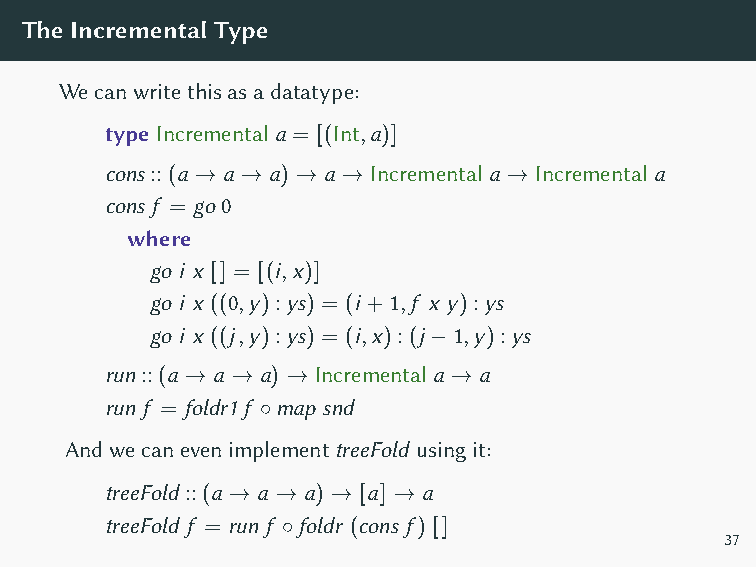
TheIncrementalType
 Wecanwritethisasadatatype:
 type Incremental a = [(Int,a)]
 cons::(a → a → a) → a → Incremental a → Incremental a
 cons f = go 0
 where
 go i x [] = [(i,x)]
 go i x ((0,y):ys) = (i+1,f x y):ys
 go i x ((j,y):ys) = (i,x):(j−1,y):ys
 run::(a → a → a) → Incremental a → a
 run f = foldr1 f ◦map snd
 AndwecanevenimplementtreeFold usingit:
 treeFold ::(a → a → a) → [a] → a
 treeFold f = run f ◦foldr (cons f) []
 37